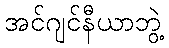
အင်ဂျင်နီယာဘွဲ့